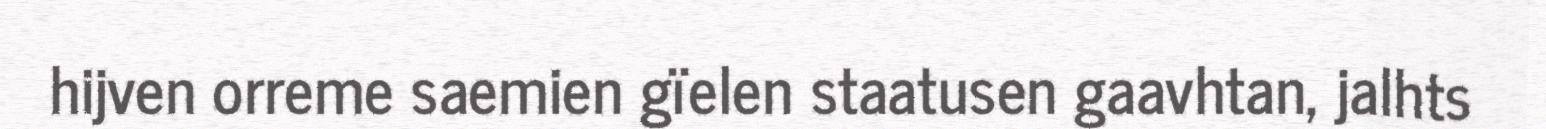
hijven orreme saemien gïelen staatusen gaavhtan, jalhts